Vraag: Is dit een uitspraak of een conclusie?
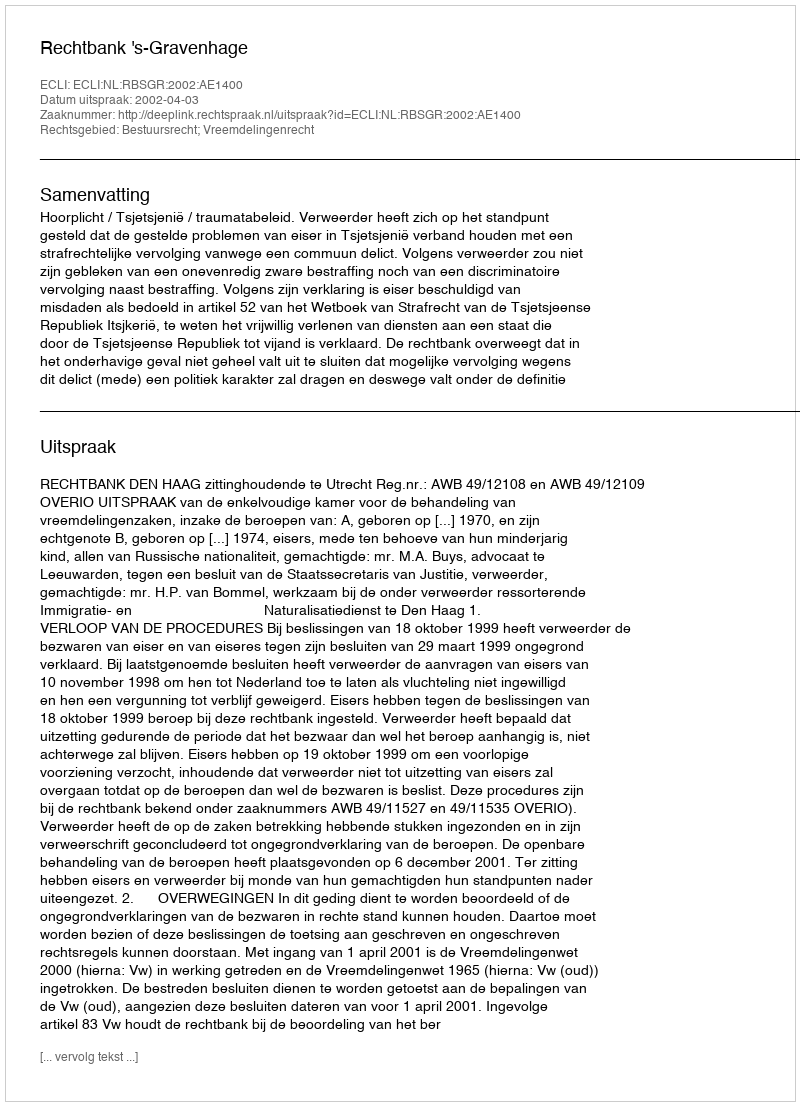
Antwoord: Uitspraak